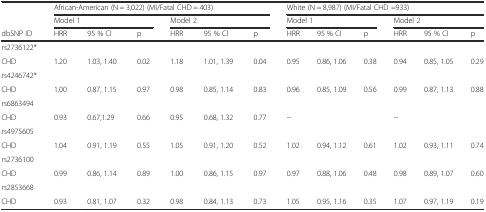
|  | <COLSPAN=6> African-American (N = 3,022) (MI/Fatal CHD = 403) | <COLSPAN=6> White (N = 8,987) (MI/Fatal CHD =933) |
 |  | <COLSPAN=3> Model 1 | <COLSPAN=3> Model 2 | <COLSPAN=3> Model 1 | <COLSPAN=3> Model 2 |
 | dbSNP ID | HRR | 95 % CI | p | HRR | 95 % CI | p | HRR | 95 % CI | p | HRR | 95 % CI | p |
 | --- | --- | --- | --- | --- | --- | --- | --- | --- | --- | --- | --- | --- |
 | rs2736122* |  |  |  |  |  |  |  |  |  |  |  |  |
 | CHD | 1.20 | 1.03, 1.40 | 0.02 | 1.18 | 1.01, 1.39 | 0.04 | 0.95 | 0.86, 1.06 | 0.38 | 0.94 | 0.85, 1.05 | 0.29 |
 | rs4246742* |  |  |  |  |  |  |  |  |  |  |  |  |
 | CHD | 1.00 | 0.87, 1.15 | 0.97 | 0.98 | 0.85, 1.14 | 0.83 | 0.96 | 0.85, 1.09 | 0.56 | 0.99 | 0.87, 1.13 | 0.88 |
 | rs6863494 |  |  |  |  |  |  |  |  |  |  |  |  |
 | CHD | 0.93 | 0.67,1.29 | 0.66 | 0.95 | 0.68, 1.32 | 0.77 | -- |  |  | -- |  |  |
 | rs4975605 |  |  |  |  |  |  |  |  |  |  |  |  |
 | CHD | 1.04 | 0.91, 1.19 | 0.55 | 1.05 | 0.91, 1.20 | 0.52 | 1.02 | 0.94, 1.12 | 0.61 | 1.02 | 0.93, 1.11 | 0.74 |
 | rs2736100 |  |  |  |  |  |  |  |  |  |  |  |  |
 | CHD | 0.99 | 0.86, 1.14 | 0.89 | 1.00 | 0.86, 1.15 | 0.97 | 0.97 | 0.88, 1.06 | 0.48 | 0.98 | 0.89, 1.07 | 0.60 |
 | rs2853668 |  |  |  |  |  |  |  |  |  |  |  |  |
 | CHD | 0.93 | 0.81, 1.07 | 0.32 | 0.98 | 0.84, 1.13 | 0.73 | 1.05 | 0.95, 1.16 | 0.35 | 1.07 | 0.97, 1.19 | 0.19 |